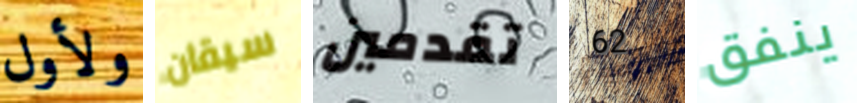
ولأول سيقان تقدمين 62 ينفق